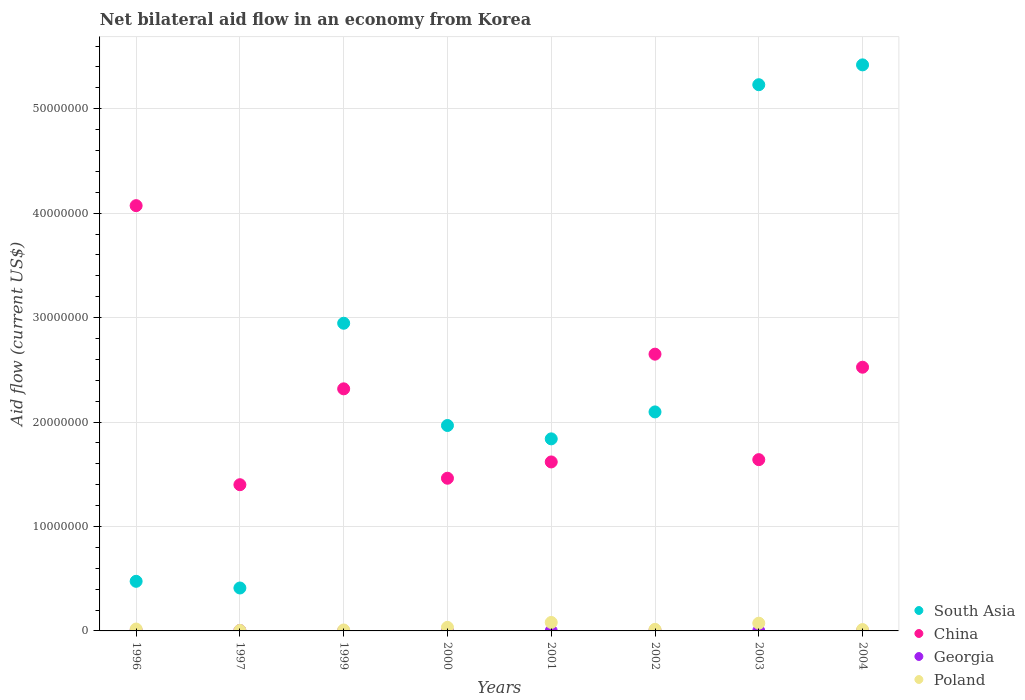
| Years | South Asia | China | Georgia | Poland |
 | --- | --- | --- | --- | --- |
 | 1996 | 4.75e+06 | 4.07e+07 | 5e+04 | 1.8e+05 |
 | 1997 | 4.11e+06 | 1.4e+07 | 4e+04 | 5e+04 |
 | 1999 | 2.95e+07 | 2.32e+07 | 1e+04 | 9e+04 |
 | 2000 | 1.97e+07 | 1.46e+07 | 3e+04 | 3.4e+05 |
 | 2001 | 1.84e+07 | 1.62e+07 | 1e+04 | 8.1e+05 |
 | 2002 | 2.1e+07 | 2.65e+07 | 4e+04 | 1.5e+05 |
 | 2003 | 5.23e+07 | 1.64e+07 | 1e+04 | 7.4e+05 |
 | 2004 | 5.42e+07 | 2.52e+07 | 4e+04 | 1.3e+05 |